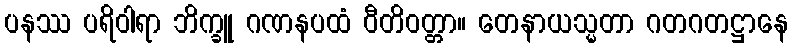
ပနဿ ပရိဝါရာ ဘိက္ခူ ဂဏနပထံ ဝီတိဝတ္တာ။ တေနာယသ္မတာ ဂတဂတဋ္ဌာနေ